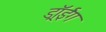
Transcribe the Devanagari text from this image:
ड्रॉईंग